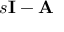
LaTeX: s \mathbf { I } - \mathbf { A }